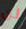
لن